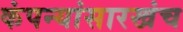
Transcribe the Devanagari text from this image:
कंपन्यांसारखंच